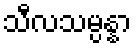
သီလသမ္ပန္နာ